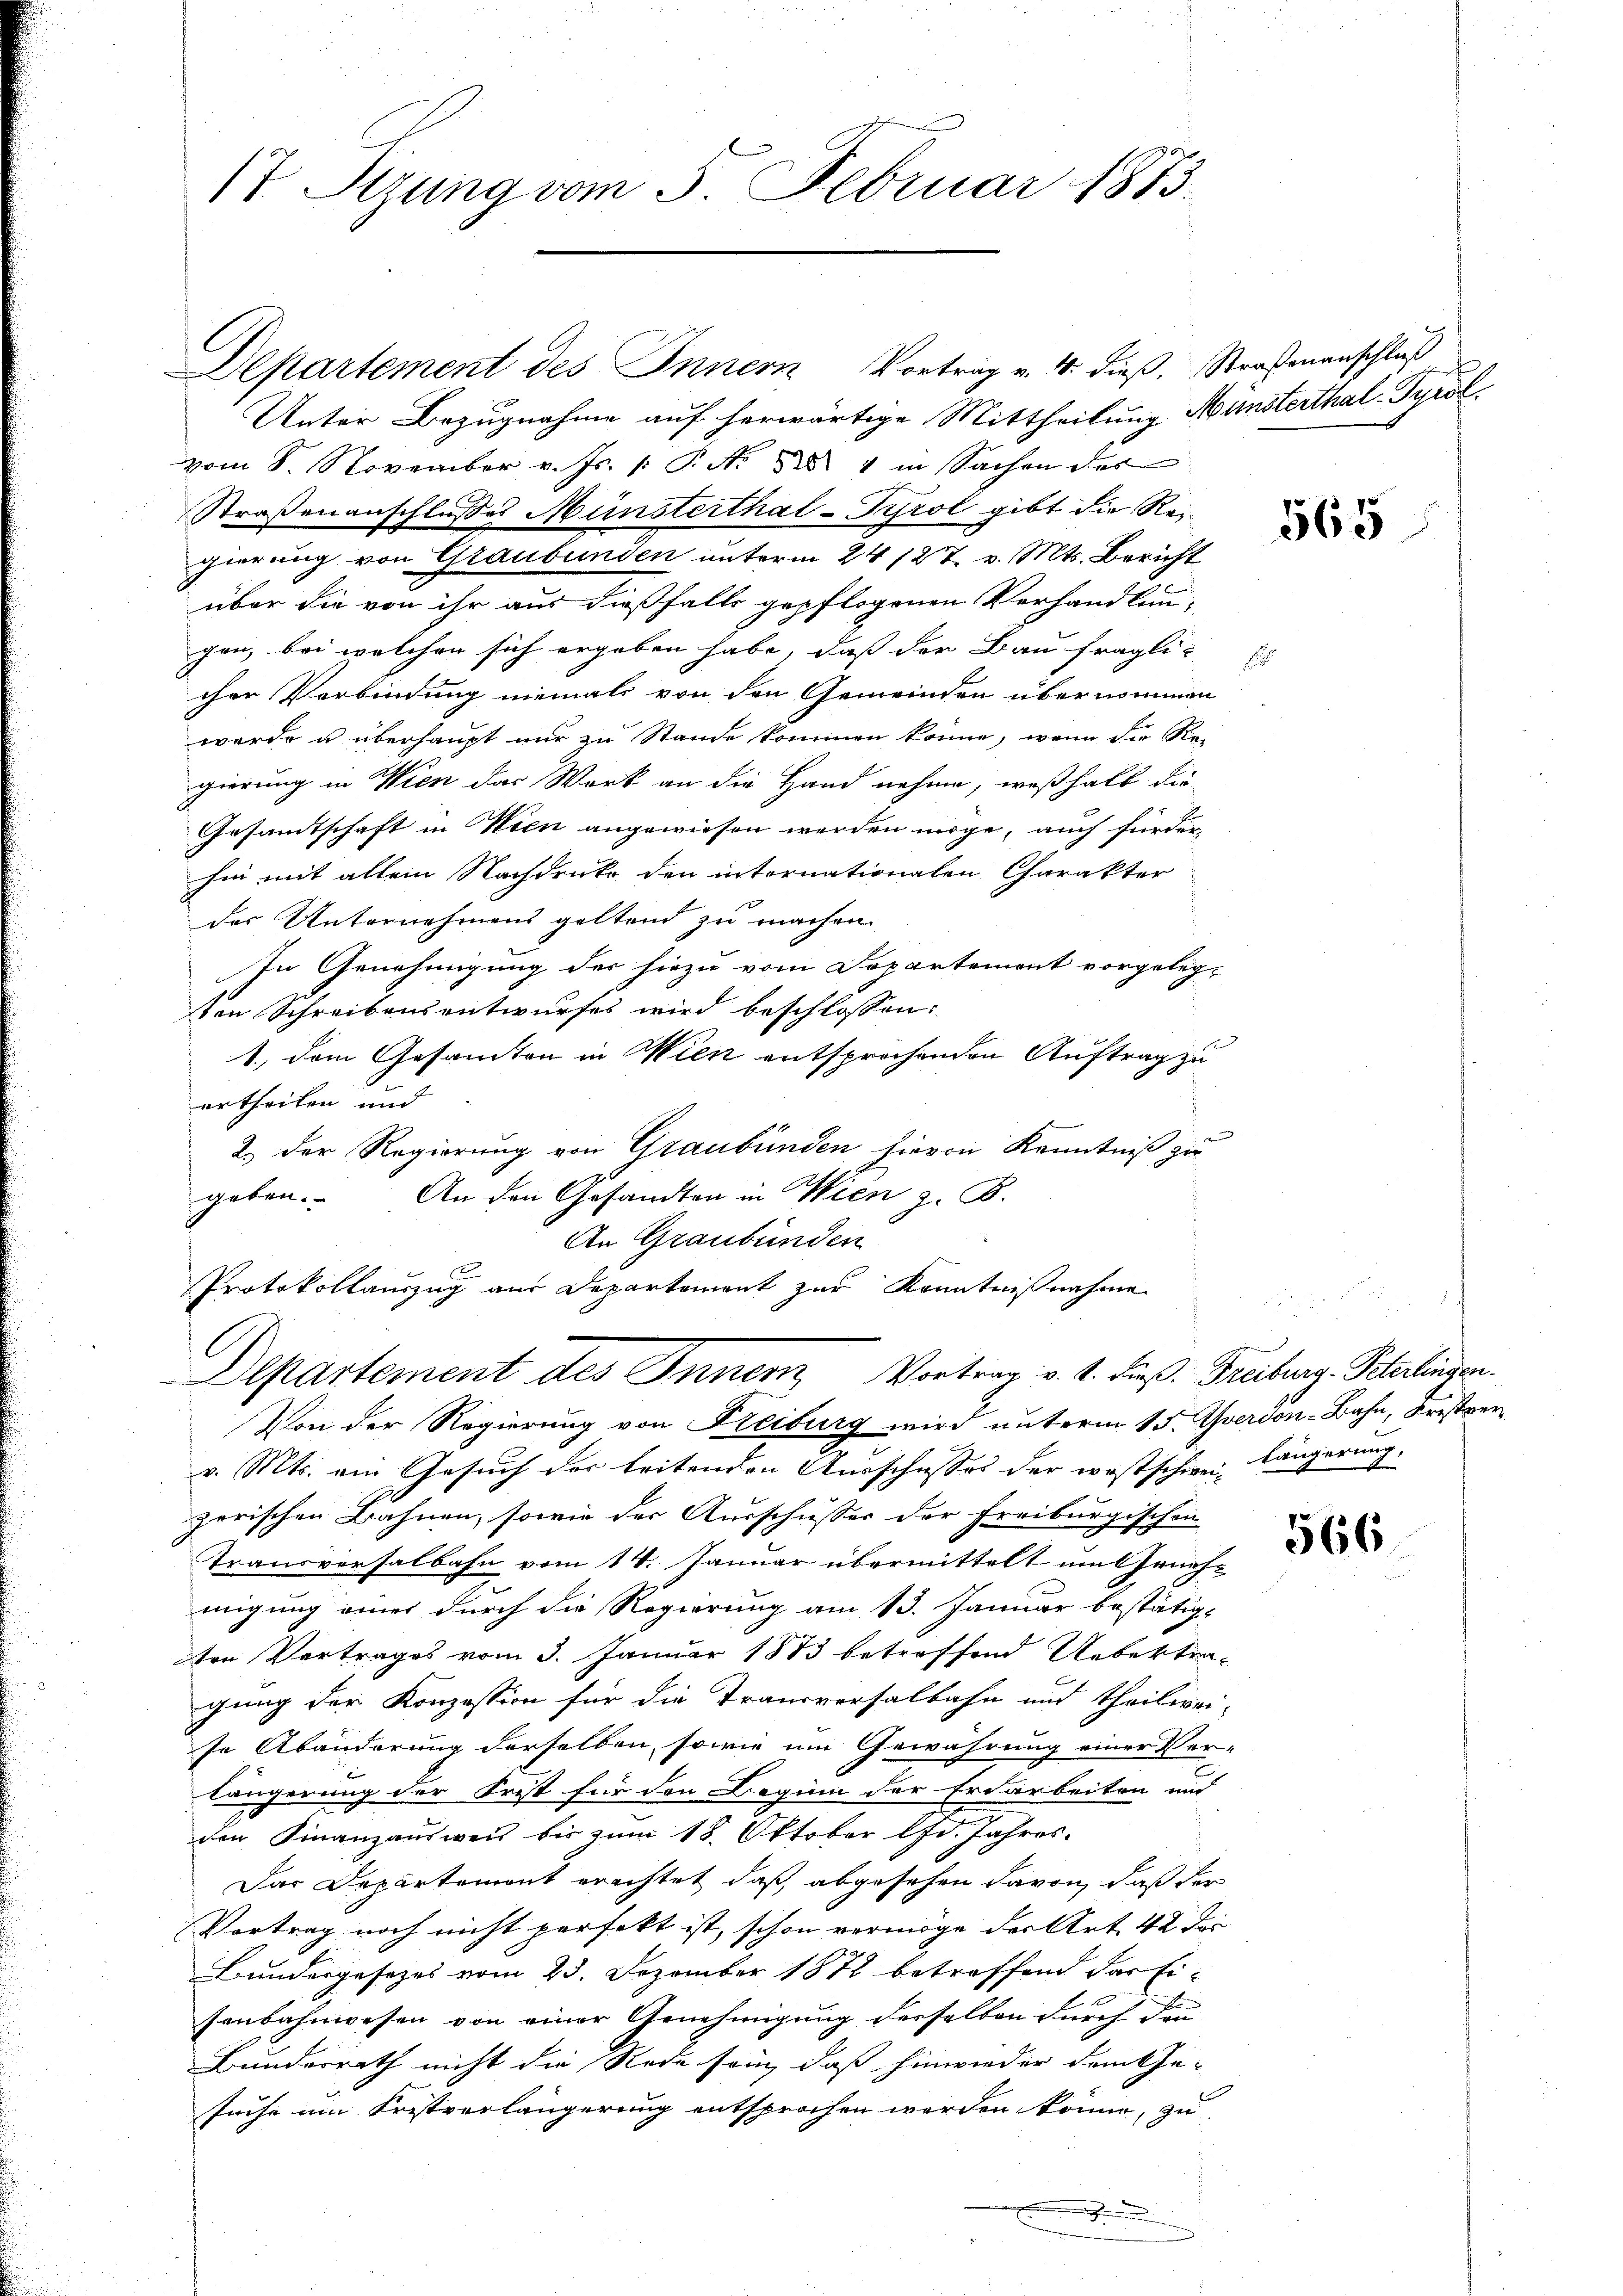
17. Sizung vom 5. Februar 1873.

Departement des Innern Vortrag v. 4. dieß, Straßenanschluß
Unter Bezugnahme auf herwärtige Mittheilung Münsterthal-Tyrol.
vom 8. November v. Js. /: P. Nr. 1884 in Sachen des
Straßenanschlusses Münsterthal-Tyrol gibt die Regierung von Glaubunden unterm 24 127. v. Mts. Bericht
über die von ihr aus dießfalls gepflogenen Verhandlungen, bei welchen sich ergeben habe, dass der Bau fraglicher Verbindung niemals von den Gemeinden übernommen
werde u überhaupt nur zu Stande kommen könne, wenn die Re-
gierung in Wien das Werk an die Hand nehme, weßhalb die
Gesandtschaft in Wien angewiesen werden möge, auch fürder
hin mit allem Nachdruke den internationalen Charakter
des Unternehmens geltend zu machen.
In Genehmigung des hiezu vom Departement vorgeleg-
ten Schreibensentwurfes wird beschlossen:
1., dem Gesamten in Wien entsprochenden Auftrag zu
urtheilen und
2.) Der Regierung von Graubünden hievon Kenntniß zu
geben. An den Gesandten in Wien z. B.
An Graubünden
Protokollauszug aus Departement zur Kenntnißnahme
Departement des Innern, Vortrag v. 4. dieß. Freiburg. Peterlingen.
Von der Regierung von Freiburg wird unterm 15. Ordon-Bahn, Fristverv. Mts. ein Gesuch der leitenden Ausschusses der was schwei- längerung
zerischen Bahnen, sowie der Ausschusser der Freiburgischen
Trandversalbahn vom 14. Januar übermittelt um Genehmigung einer durch die Regierung am 13. Januar bestätig-
ten Vertrages vom 3. Januar 1873 betreffend Uebertragung der Konzession für die Trausversalbahn und theilwei-
se Abänderung derselben, sowie um Gewährung einer Ver-
längerung der Frist für den Beginn der Erdarbeiten und
den Finanzausweis bis zum 18. Oktober d. Jahres.
Das Departement erachtet, daß abgesehen davon, daß der
Vortrag noch nicht perfekt ist, schon vermöge der Art. 42 der
Bundergesetzes vom 23. Dezember 1872 betreffend das Eisenbahnwesen von einer Genehmigung derselben durch den
Bunderrath nicht die Rede sein, daß hinwieder dem Ge-
suche um Fristverlängerung entsprochen werden könne, zu

565

566